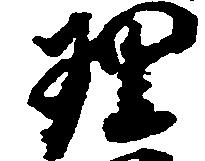
理